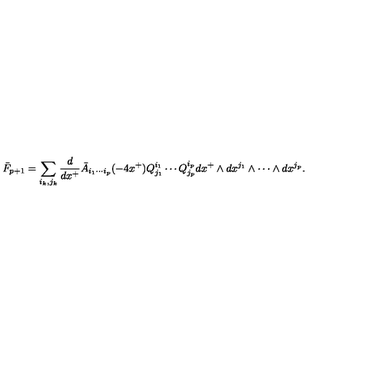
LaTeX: \bar { F } _ { p + 1 } = \sum _ { i _ { k } , j _ { k } } \frac { d } { d x ^ { + } } \bar { A } _ { i _ { 1 } \cdots i _ { p } } ( - 4 x ^ { + } ) Q _ { j _ { 1 } } ^ { i _ { 1 } } \cdots Q _ { j _ { p } } ^ { i _ { p } } d x ^ { + } \wedge d x ^ { j _ { 1 } } \wedge \cdots \wedge d x ^ { j _ { p } } .